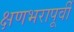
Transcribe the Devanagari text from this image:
क्षणभरापूर्वी